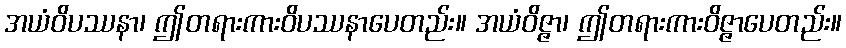
အယံဝိပဿနာ၊ ဤတရားကားဝိပဿနာပေတည်း။ အယံဝိဇ္ဇာ၊ ဤတရားကားဝိဇ္ဇာပေတည်း။